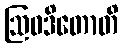
ဩဝဒိတောတိ